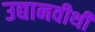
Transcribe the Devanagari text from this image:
उद्यानवीथी